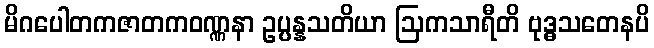
မိဂပေါတကဇာတကဝဏ္ဏနာ ဥပ္ပန္နသတိယာ ဩကသာရီတိ ဗုဒ္ဓသတေနပိ